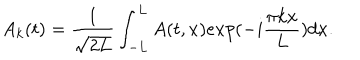
A _ { k } ( t ) = { \frac { 1 } { \sqrt { 2 L } } } \int _ { - L } ^ { L } A ( t , x ) e x p ( - i { \frac { \pi k x } { L } } ) d x .